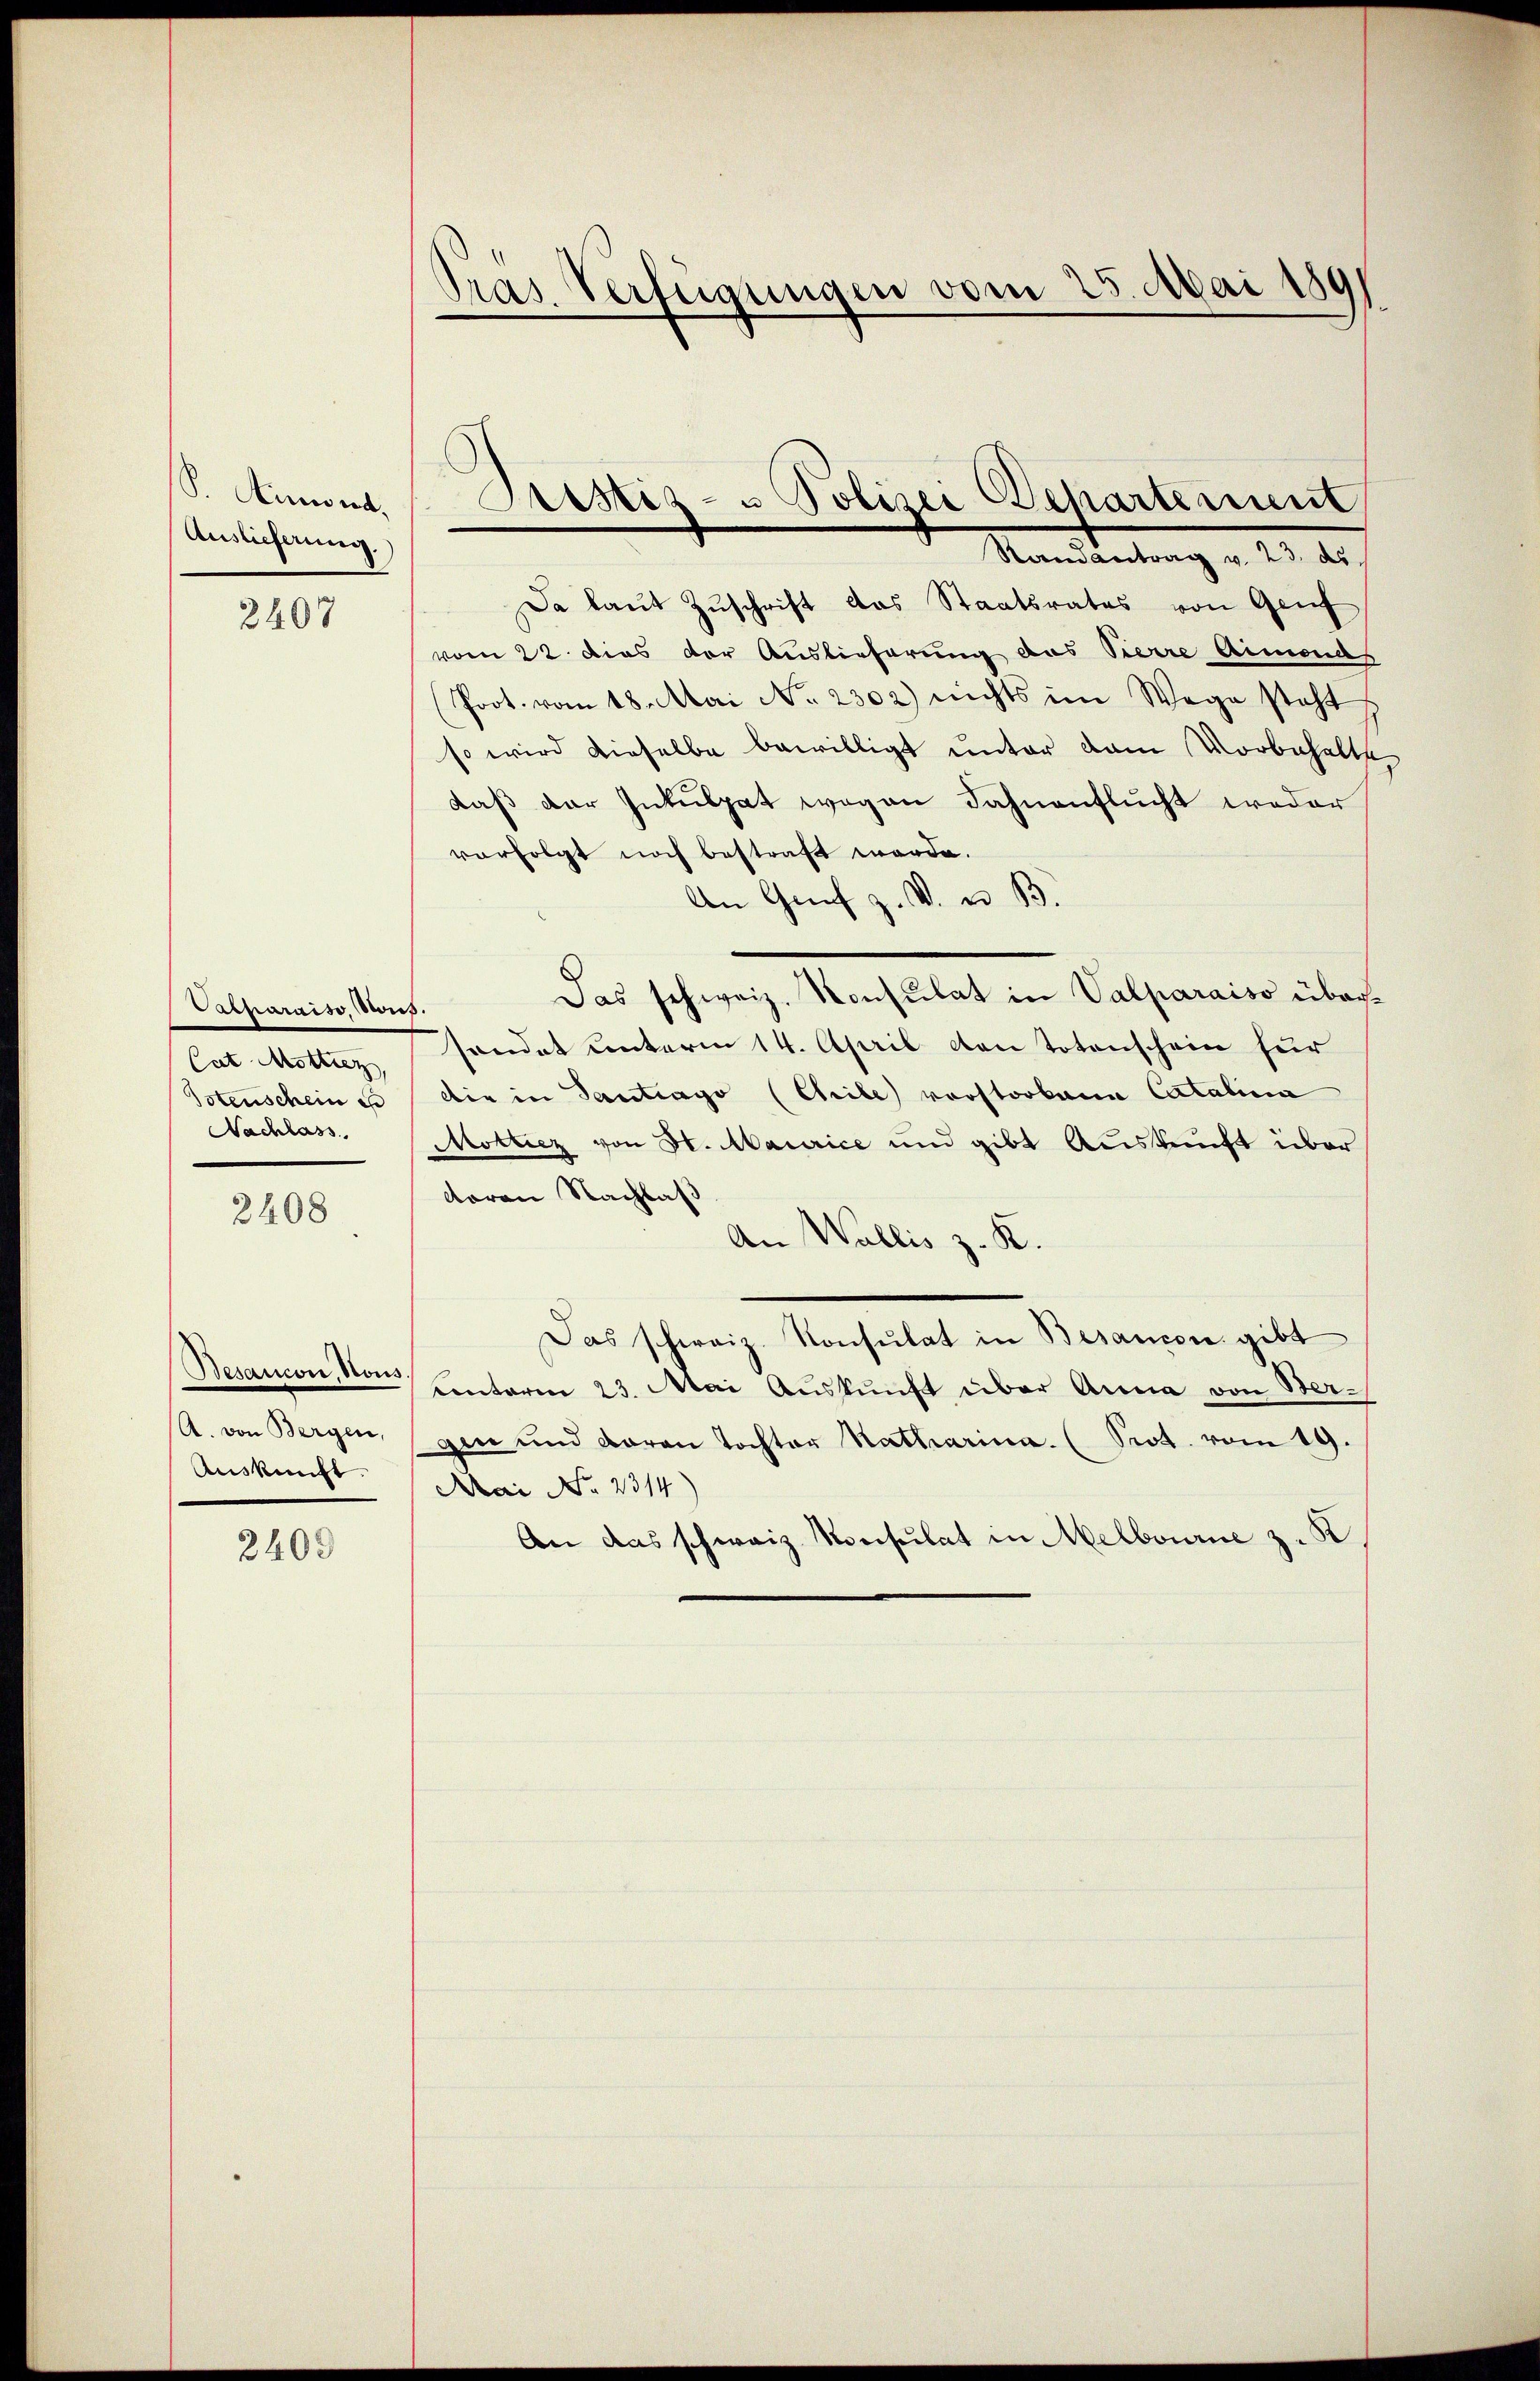
S. Ainwert,
Auslieferung.)

2407

Casparaiso, sans
Cat Mottiez,
Totenschein u
Nachlass

2408

Besaucon, Nous.
A. von Bergen,
Auskunft.

2409

Tras. Verfügungen vom 25. Mai 1891

Samantrag v. 23. ds.
Da laut Zuschrift das Staatsrates von Genf
vom 22. dies der Auslieferung das Vierre Aimonds
Poot. vom 18. Mai No 2302) nichts im Wege steht
so wird dieselbe bewilligt unter dem Vorbehalte
daß der Inkulpat wegen Fahnenflucht weder
vorfolgt noch bestraft werde.
An Graf z. V. u. B.
Das schweiz. Konsulat in Valparaiso übersendet unterm 14. April den Totenschein für
die in Santrago (Chile) vorstorbana Catalina
Mottiez von St. Maurice und gibt Auskunft über
daran Nachlaß
An Wallis z. K.
Das schweiz. Konsulat in Besançon gibt
conterm 23. Mai Auskunft über Anna von Bergie und daran Tochter Ratharina (Prot. vom 19.
Mai No 2314)
An das schweiz. Konsulat in Melbourne z. K

Brestiz- u Polizei Departement